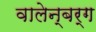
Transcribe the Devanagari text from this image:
वालेन्बर्ग